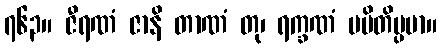
၇၆၃။ ဇီရဏံ ဇာနိ တာဏံ တု၊ ရက္ခဏံ ပမိတိပ္ပမာ။